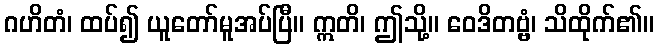
ဂဟိတံ၊ ထပ်၍ ယူတော်မူအပ်ပြီ။ ဣတိ၊ ဤသို့။ ဝေဒိတဗ္ဗံ၊ သိထိုက်၏။